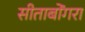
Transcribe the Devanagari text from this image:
सीताबोंगरा